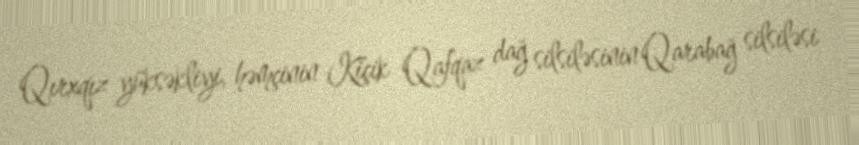
Qırxqız yüksəkliyi, həmçinin Kiçik Qafqaz dağ silsiləsinin Qarabağ silsiləsi